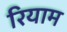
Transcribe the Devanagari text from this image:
रियाम